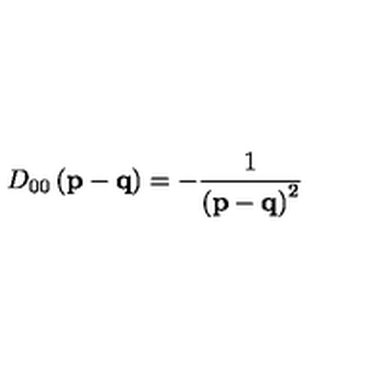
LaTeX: D _ { 0 0 } \left( \mathbf { p - q } \right) = - \frac { 1 } { \left( \mathbf { p - q } \right) ^ { 2 } }